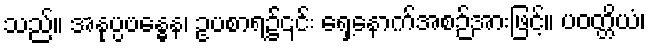
သည်။ အနုပ္ပဗန္ဓေန၊ ဥပစာရ၌၎င်း ရှေ့နောက်အစဉ်အားဖြင့်။ ပဝတ္တိယံ၊